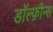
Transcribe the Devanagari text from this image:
डॉल्फ़ीन्स